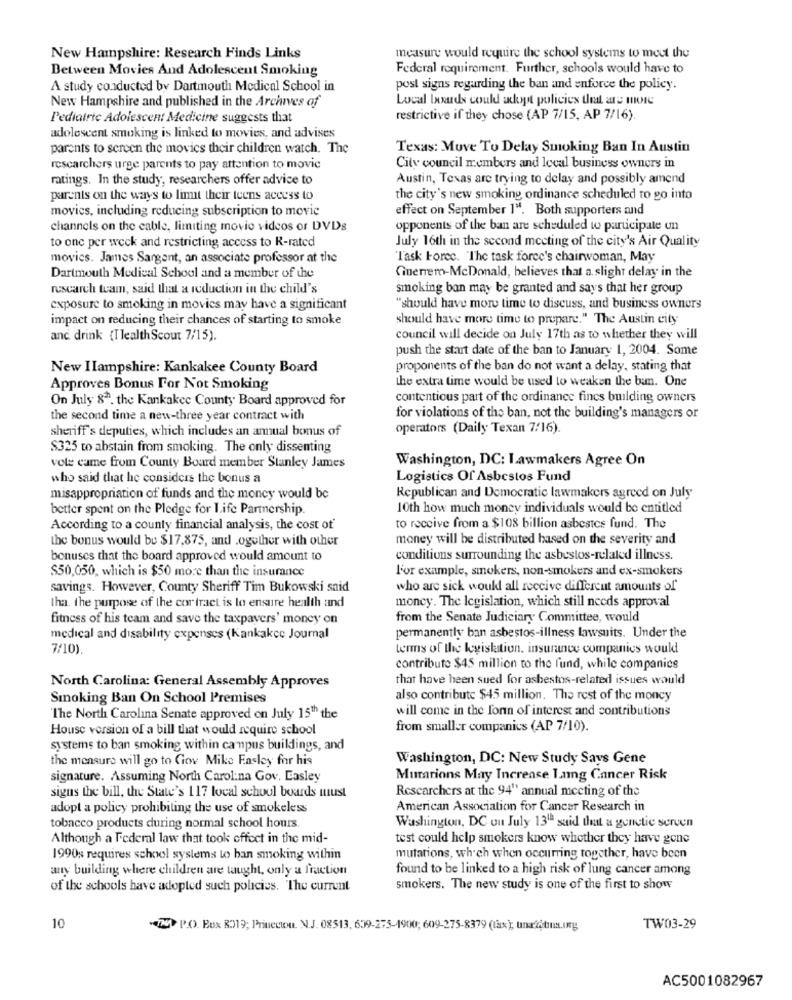
New Hampshire: Research Finds Links
measure would require the school systems to meet the
Between Movies And Adolescent Smoking
Federal requirement. Further, schools would have to
A study conducted by Dartmouth Medical School in
post signs regarding the ban and enforce the policy.
New Hampshire and published in the Archives of
Local lxuds could adopt policies that are more
Pediatric Adolescent Medicine suggests that
restrictive if they chose (AP 7/15, AP 7/16)
adolescent smoking is linked to movies, and advises
parents to screen the movies their children watch, The
Texas: Move To Delay Smoking Ban In Austin
researchers urge parents to pay attention to movic
City council members and local business owners in
ratings. In the study, researchers offer advice to
Austin, Texas are trying to delay and possibly amend
parents on the ways to limit their teens access to
the city's new smoking ordinance scheduled to go into
movics, including reducing subscription to movie
effect on September 1". Both supporters and
channels on the cable, limiting movie videos or DVDs
opponents of the ban are scheduled to participate un
to one per week and restricting access to R-rated
July 16th in the second meeting of the city's Air Quality
movics. James Sargent, an associate professor at the
"Task Force. 'The task force's chairwoman, May
Guerrem-McDonald, believes that a slight delay in the
Dartmouth Medical School and a member of the
research team, said that a reduction in the child's
smoking ban may be granted and says that her group
exposure to smoking in movies may have a significant
"should have more time to discuss, and business owners
impact on reducing their chances of starting to smoke
should have more time to prepare." The Austin city
anc drink (TlealthScout 7/15).
council will decide on July 17th as to whether they will
push the start date of the ban to January 1, 2004. Some
New Ilampshire: Kankakee County Board
proponents of the ban do not want a delay, stating that
the extra time would be used to weaken the ban. One
Approves Bonus For Not Smoking
On July 87. the Kankakee County Board approved for
contentious part of the ordinance fines building owners
the second time a new-three year contract with
for violations of the ban, not the building's managers or
sheriff's deputies, which includes an annual bonus of
operators (Daily Texan 7/16)
$325 to abstain from smoking. The only dissenting
Washington, DC: Lawmakers Agree On
vote came from County Board member Stanley James
who said that he considers the bonus a
Logistics Of Asbestos Fund
misappropriation of funds and the money would be
Republican and Democratic lawmakers agreed on July
better spent on the Pledge for Life Partnership.
10th how much money individuals would be entitled
According to a county financial analysis, the cost of
to receive from a $108 billion asbestes fund. The
the bonus would be $17,875, and .ogother with other
money will be distributed based on the severity and
bonuses that the board approved would amount to
conditions surrounding the asbestos-related illness.
l'or example, smokers, non-smokers and ex-smokers
$50,050, which is $50 more than the insurance
savings. However, County Sheriff Tim Bukowski said
who are sick would all receive different amounts of
tha. the purpose of the cor tract is to ensure health and
moncy. The legislation, which still needs approval
fitness of his team and save the taxpayers' money on
from the Senate Judiciary Committee, would
medical and disability expenses (Kankakee Journal
permanently ban asbestos-illness lawsuits. Under the
7/10).
terms of the legislation. insurance companies would
contribute $45 million to the fund, while companies
that have heen sued for asbestos-related issues would
North Carolina: General Assembly Approves
Smoking Ban On School Premises
also contribute $45 million. The rest of the moncy
will come in the lonn of interest and contributions
The North Carolina Senate approved on July 15Th the
House version of a bill that would require school
from smaller companies (AP 7/10).
systems to ban smoking within campus buildings, and
the measure will go to Giov Mike Easley for his
Washington, DC: New Study Says Gene
signature. Assuming North Carolina Gov. Lasley
Murarions May Increase Lung Cancer Risk
signs the bill, the State's 117 local school boards must
Researchers at the 94" annual meeting of the
adopt a policy prohibiting the use of smokeless
American Association for Cancer Research in
tobacco products during normal school hours.
Washington, DC ou July 131ª said that a genetic screen
Although a Federal law that took effect in the mid-
test could help smokers know whether they have gone
1990s requires school systems to ban smoking within
mutations, which when occurring together, have been
any building where children are taught, only a fraction
found to be linked to a high risk of lung cancer among
of the schools have adopted such policies. The current
smokers. The new study is one of the first to show
10
"24 P.O. Box R319; Princeton. N.J. 08513, 639-275-1900; 609-275-8379 (tax), una ótima.org
TW03-29
AC5001082967